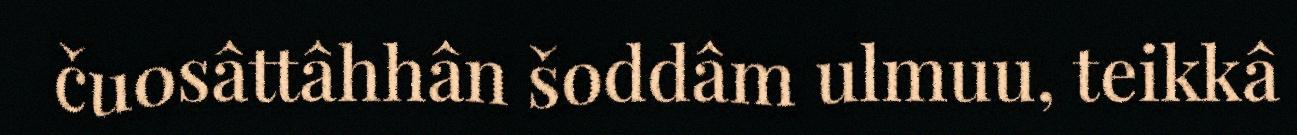
čuosâttâhhân šoddâm ulmuu, teikkâ